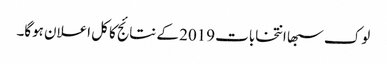
لوک سبھا انتخابات 2019 کے نتائج کا کل اعلان ہوگا۔